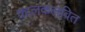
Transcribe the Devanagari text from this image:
कालकलवित